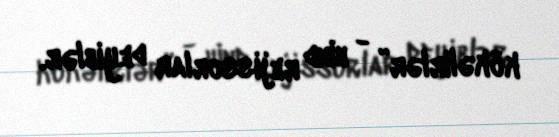
kökəlirlər” - hind rejissorlar deyiblər.